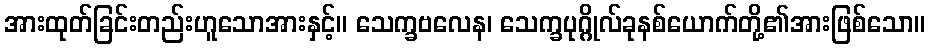
အားထုတ်ခြင်းတည်းဟူသောအားနှင့်။ သေက္ခဗလေန၊ သေက္ခပုဂ္ဂိုလ်ခုနစ်ယောက်တို့၏အားဖြစ်သော။